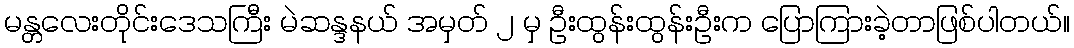
မန္တလေးတိုင်းဒေသကြီး မဲဆန္ဒနယ် အမှတ် ၂ မှ ဦးထွန်းထွန်းဦးက ပြောကြားခဲ့တာဖြစ်ပါတယ်။